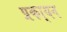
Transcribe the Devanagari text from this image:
प्रका्यन